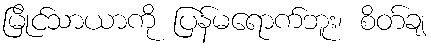
မြိုင်သာယာကို ပြန်မရောက်ဘူး၊ စိတ်ချ